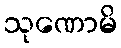
သုဏောမိ